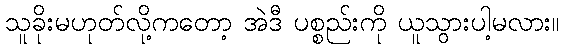
သူခိုးမဟုတ်လို့ကတော့ အဲဒီ ပစ္စည်းကို ယူသွားပါ့မလား။